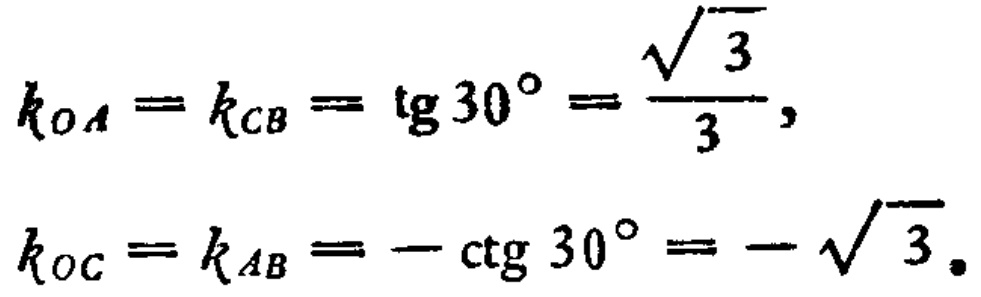
\[
\begin{align*}
k_{OA}&=k_{CB}=\operatorname{tg}30^{\circ}=\frac{\sqrt{3}}{3},\\
k_{OC}&=k_{AB}=-\operatorname{ctg}30^{\circ}=-\sqrt{3}.
\end{align*}
\]